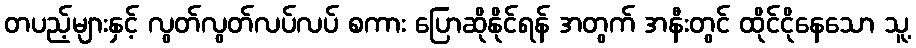
တပည့်များနှင့် လွတ်လွတ်လပ်လပ် စကား ပြောဆိုနိုင်ရန် အတွက် အနီးတွင် ထိုင်ငိုနေသော သူ့